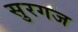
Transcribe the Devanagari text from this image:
सुरगज